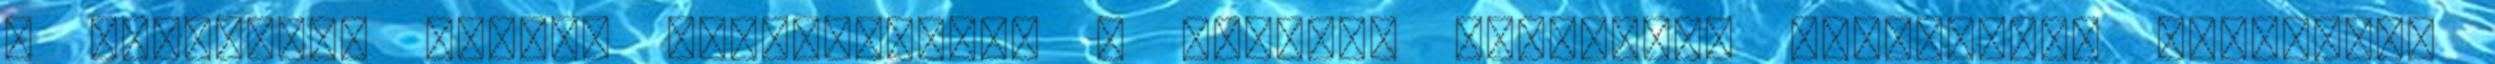
a gesztusok eleven eredetisége, a térbeli alakzatok folyamatos változása